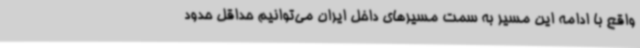
واقع با ادامه این مسیر به سمت مسیرهای داخل ایران می‌توانیم حداقل حدود